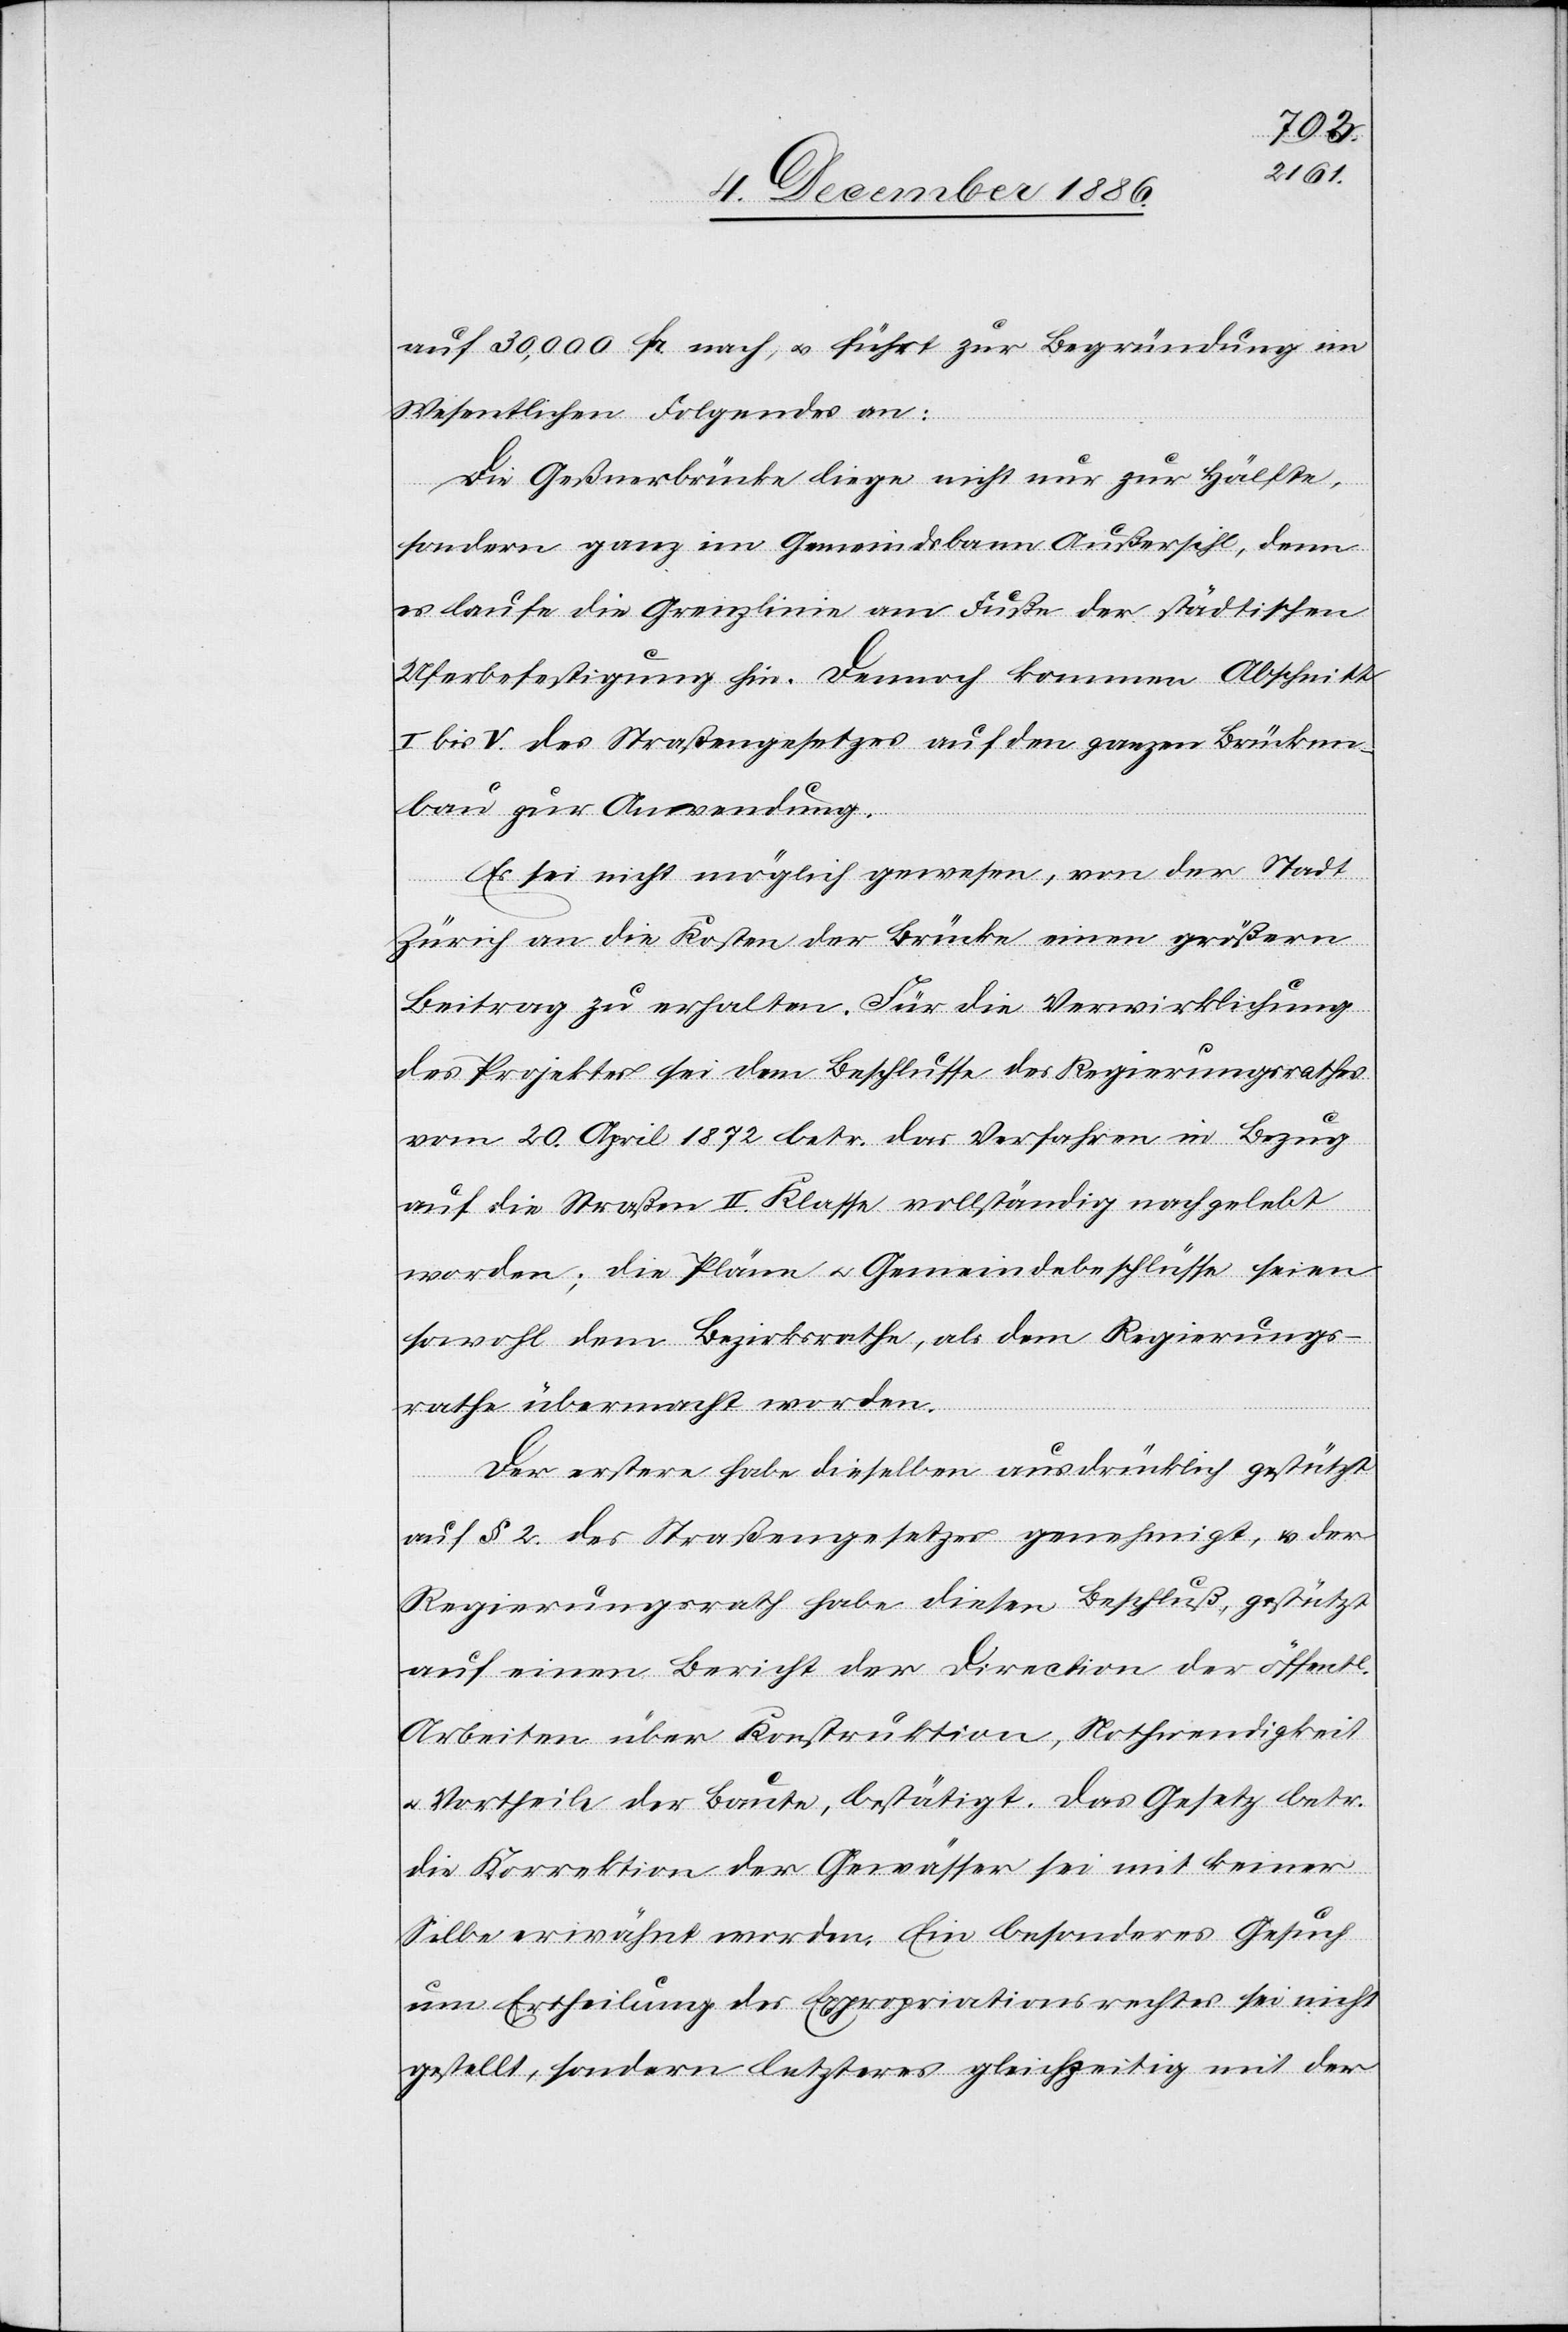
auf 30,000 Fr. nach, & führt zur Begründung im
Wesentlichen Folgendes an:
Die Geßnerbrücke liege nicht nur zur Hälfte,
sondern ganz im Gemeindsbann Außersihl, denn
es laufe die Grenzlinie am Fuße der städtischen
Uferbefestigung hin. Dennoch kommen Abschnitt
I bis V. des Straßengesetzes auf den ganzen Brücken¬
bau zur Anwendung.
Es sei nicht möglich gewesen, von der Stadt
Zürich an die Kosten der Brücke einen größern
Beitrag zu erhalten. Für die Verwirklichung
des Projektes sei dem Beschlusse des Regierungsrathes
vom 20. April 1872 betr. das Verfahren in Bezug
auf die Straßen II. Klasse vollständig nachgelebt
worden; die Pläne & Gemeindebeschlüsse seien
sowohl dem Bezirksrathe, als dem Regierungs¬
rathe übermacht worden.
Der erstere habe dieselben ausdrücklich gestützt
auf § 2. des Straßengesetzes genehmigt, & der
Regierungsrath habe diesen Beschluß, gestützt
auf einen Bericht der Direction der öffentl.
Arbeiten über Konstruktion, Nothwendigkeit
& Vortheile der Baute, bestätigt. Das Gesetz betr.
die Korrektion der Gewässer sei mit keiner
Silbe erwähnt worden. Ein besonderes Gesuch
um Ertheilung des Expropriationsrechtes sei nicht
gestellt, sondern letzteres gleichzeitig mit der